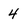
Character: 4